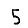
Digit: 5